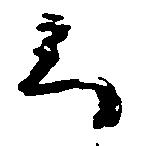
云